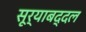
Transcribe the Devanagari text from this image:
सूर्याबद्दल